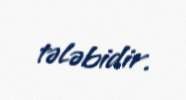
tələbidir.